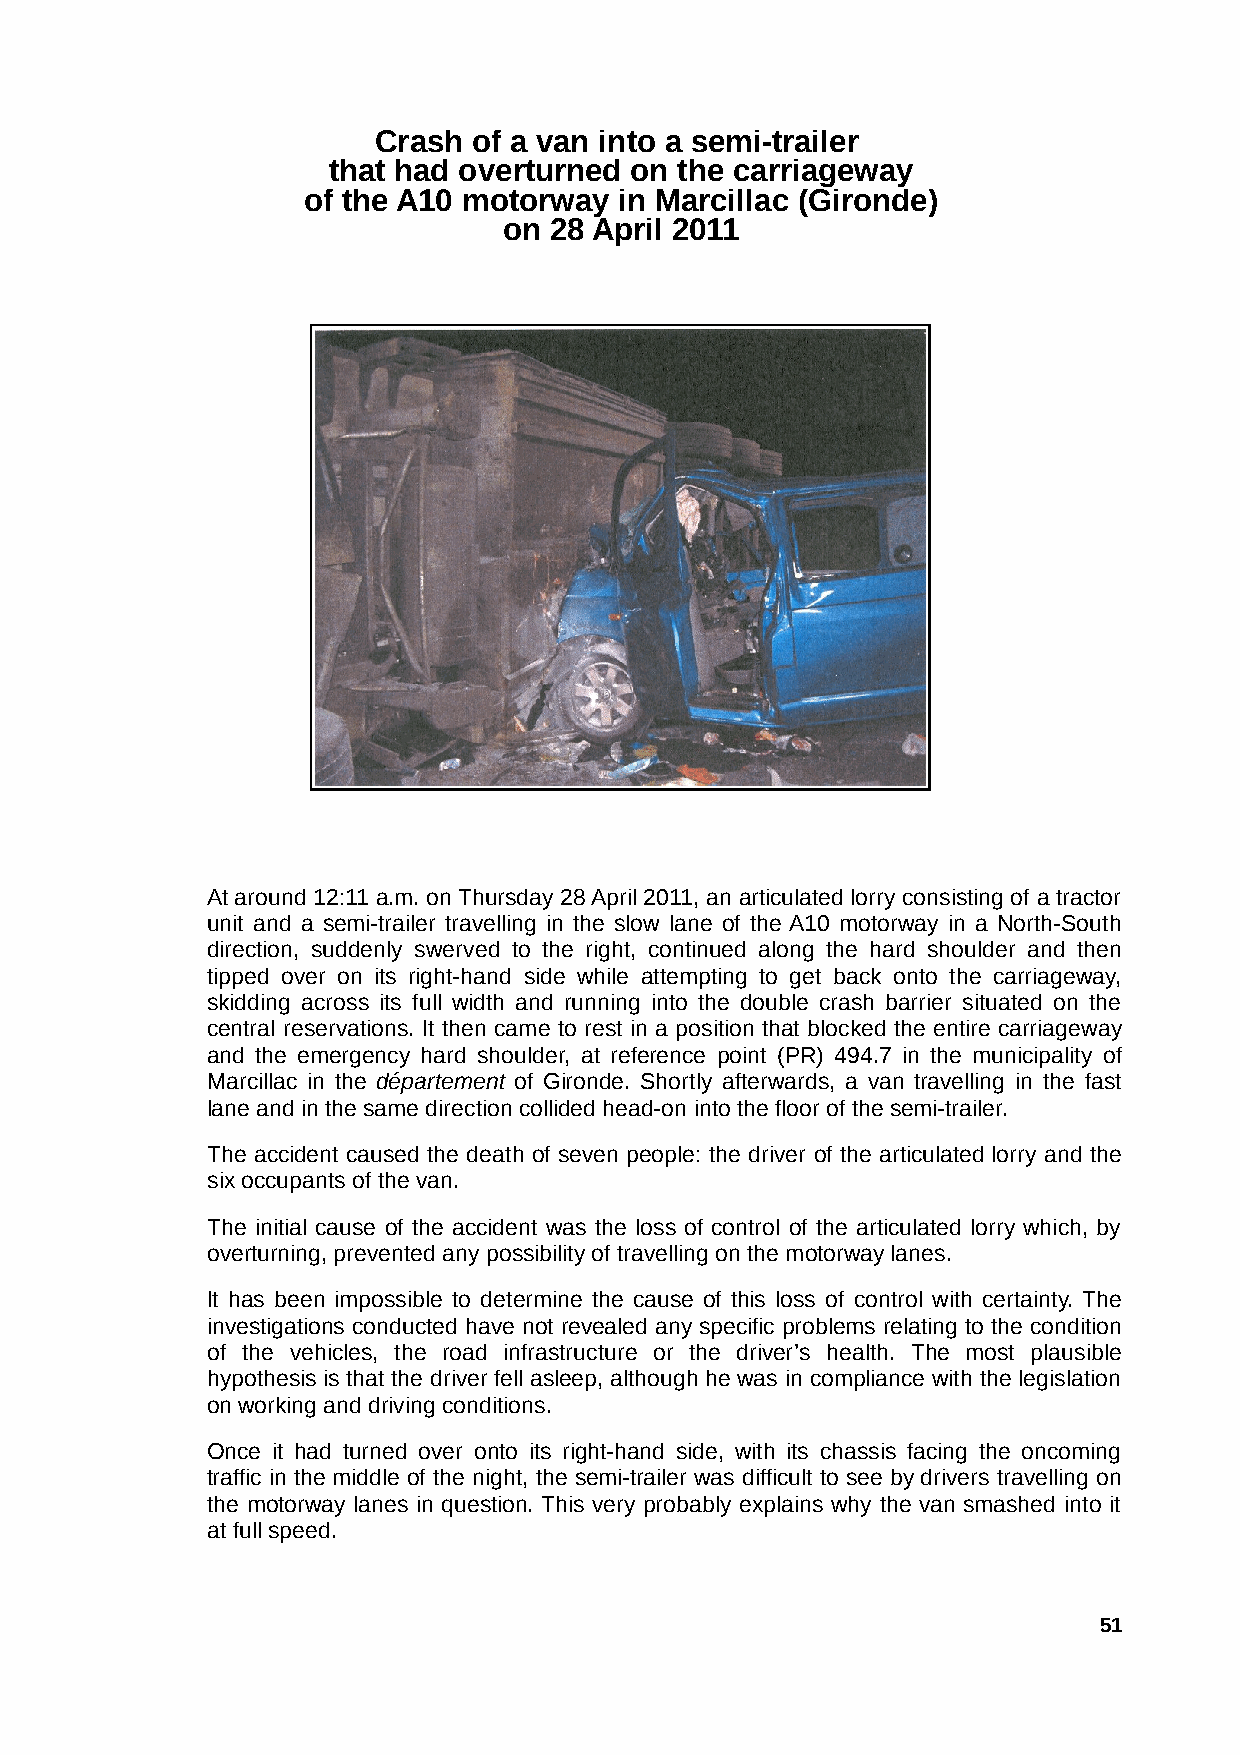
Crash of a van into a semi-trailer
 that had overturned on the carriageway
 of the A10 motorway  in Marcillac (Gironde)
 on 28 April 2011
 At around 12:11 a.m. on Thursday 28 April 2011, an articulated lorry consisting of a tractor
 unit and a semi-trailer travelling in the slow lane of the A10 motorway in a North-South
 direction, suddenly swerved to the right, continued along the hard shoulder and then
 tipped over on its right-hand side while attempting to get back onto the carriageway,
 skidding across its full width and running into the double crash barrier situated on the
 central reservations. It then came to rest in a position that blocked the entire carriageway
 and the emergency hard shoulder, at reference point (PR) 494.7 in the municipality of
 Marcillac in the département of Gironde. Shortly afterwards, a van travelling in the fast
 lane and in the same direction collided head-on into the floor of the semi-trailer.
 The accident caused the death of seven people: the driver of the articulated lorry and the
 six occupants of the van.
 The initial cause of the accident was the loss of control of the articulated lorry which, by
 overturning, prevented any possibility of travelling on the motorway lanes.
 It has been impossible to determine the cause of this loss of control with certainty. The
 investigations conducted have not revealed any specific problems relating to the condition
 of the vehicles, the road infrastructure or the driver’s health. The most plausible
 hypothesis is that the driver fell asleep, although he was in compliance with the legislation
 on working and driving conditions.
 Once it had turned over onto its right-hand side, with its chassis facing the oncoming
 traffic in the middle of the night, the semi-trailer was difficult to see by drivers travelling on
 the motorway lanes in question. This very probably explains why the van smashed into it
 at full speed.
 51